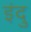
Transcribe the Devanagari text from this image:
इंदु